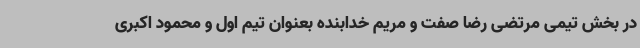
در بخش تیمی مرتضی رضا صفت و مریم خدابنده بعنوان تیم اول و محمود اکبری